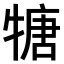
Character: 𤚫